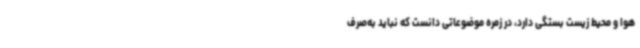
هوا و محیط زیست بستگی دارد، در زمره موضوعاتی دانست که نباید به‌صرف